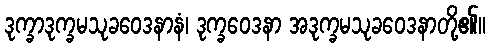
ဒုက္ခာဒုက္ခမသုခဝေဒနာနံ၊ ဒုက္ခဝေဒနာ အဒုက္ခမသုခဝေဒနာတို့၏။